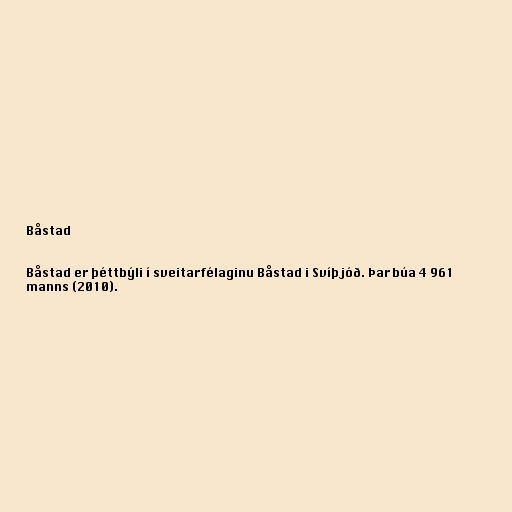
Båstad

Båstad er þéttbýli í sveitarfélaginu Båstad i Svíþjóð. Þar búa 4 961
manns (2010).